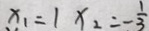
x _ { 1 } = 1 x _ { 2 } = - \frac { 1 } { 3 }